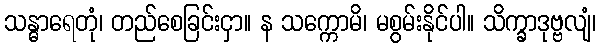
သန္ဓာရေတုံ၊ တည်စေခြင်းငှာ။ န သက္ကောမိ၊ မစွမ်းနိုင်ပါ။ သိက္ခာဒုဗ္ဗလျံ၊